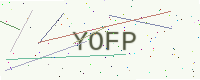
Text: YOFP